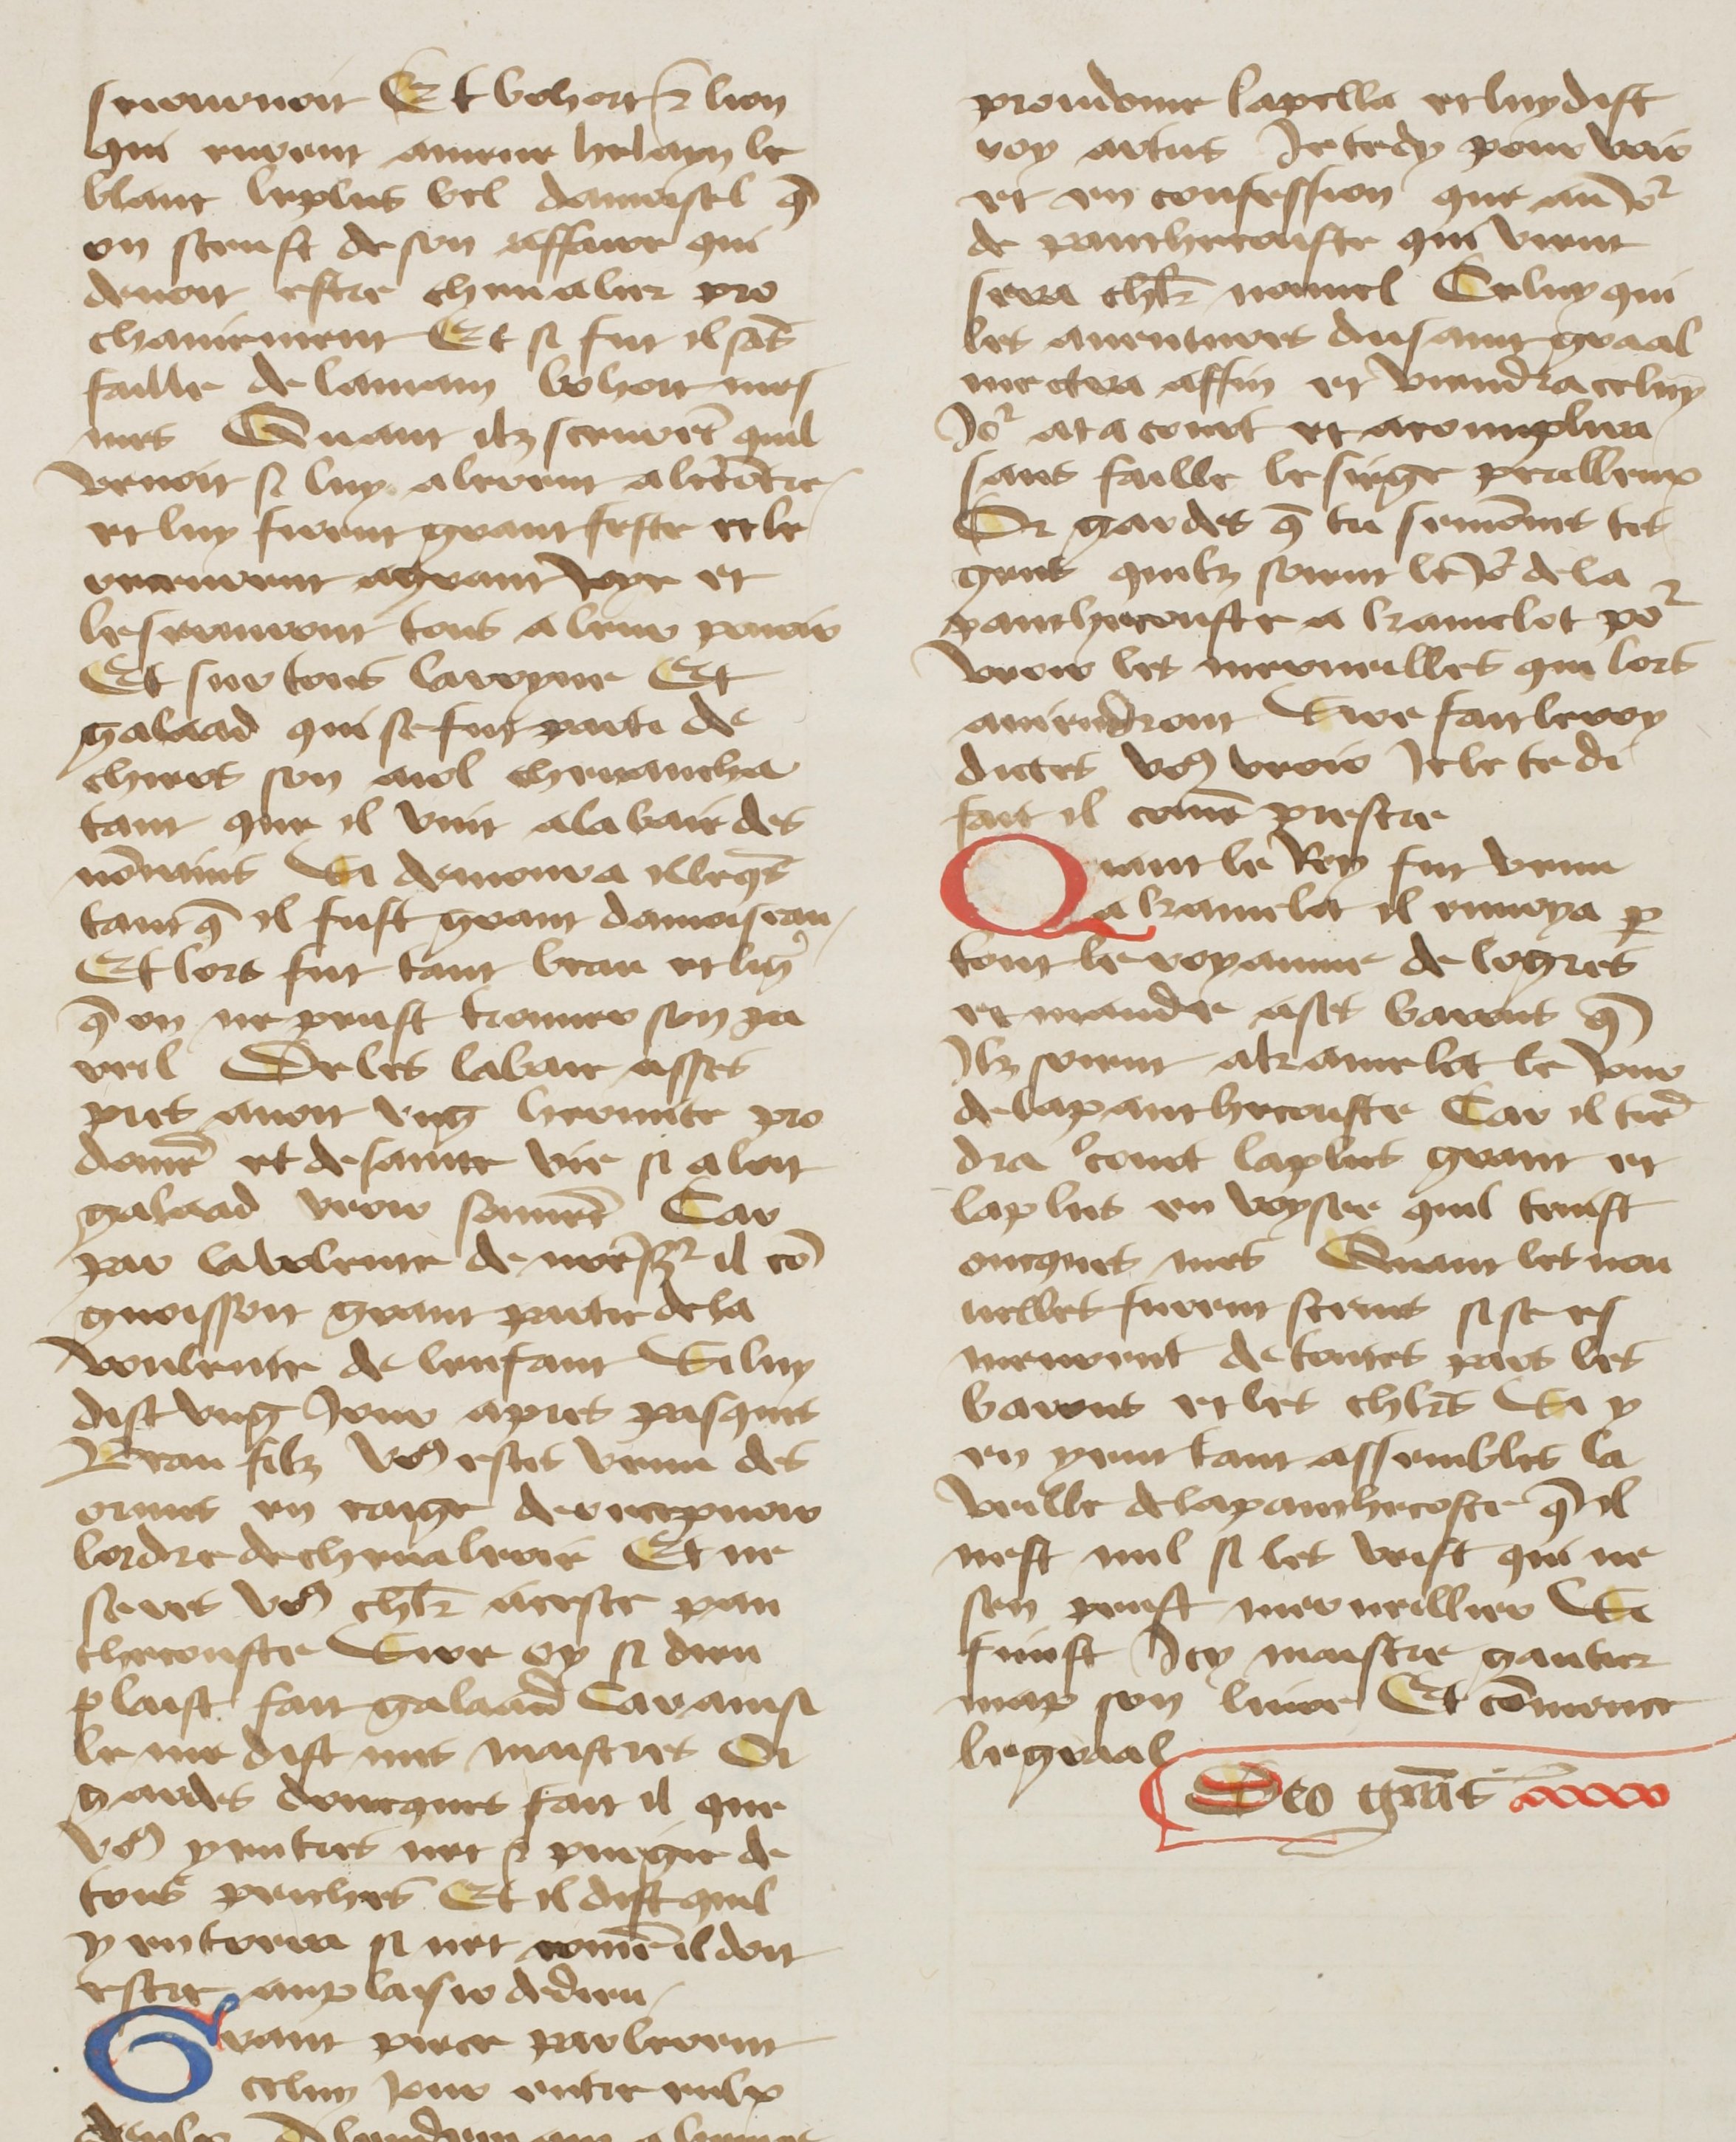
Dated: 1400–1499